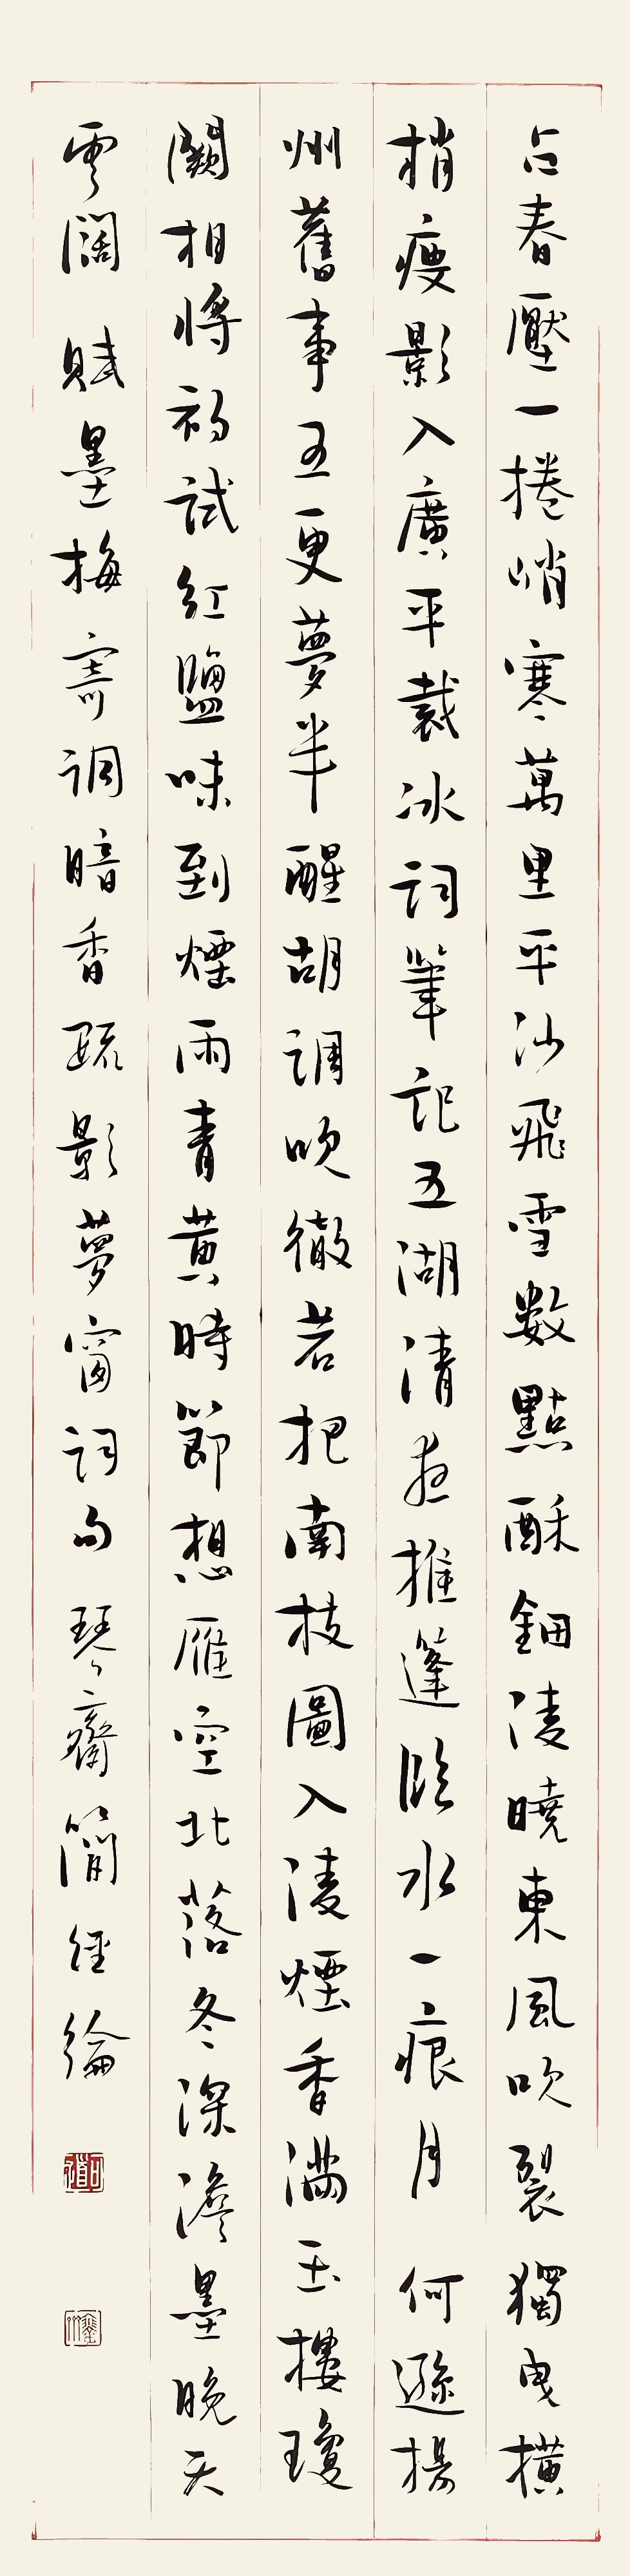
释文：占春压一。卷峭寒万里，平沙飞雪。数点酥钿，凌晓东风吹裂。独曳横梢瘦影，入广平、裁冰词笔。记五湖、清夜推篷，临水一痕月。何逊扬州旧事，五更梦半醒，胡调吹彻。若把南枝，图入凌烟，香满玉楼琼阙。相将初试红盐味，到烟雨、青黄时节。想雁空、北落冬深，澹墨晚天云阔。赋墨梅寄调《暗香疏影》，梦窗词句。琴斋简经纶。